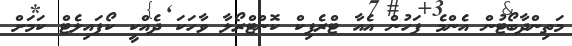
މަތިންދާބޯޓުން އެންމެ ފަހުން އެއާ ޓްރެފިކް ކޮންޓްރޯލާ ވާހަކަ ދެއްކީ ކޯޕައިލެޓް ކަމަށް